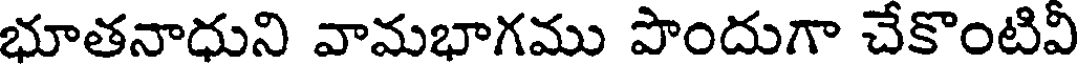
భూతనాధుని వామభాగము పొందుగా చేకొంటివీ